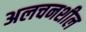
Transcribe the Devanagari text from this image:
अलचनशील